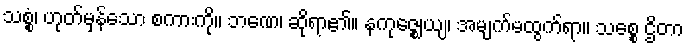
သစ္စံ၊ ဟုတ်မှန်သော စကားကို။ ဘဏေ၊ ဆိုရာ၏။ နကုဇ္ဈေယျ၊ အမျက်မထွက်ရာ။ သစ္စေ ဌိတာ